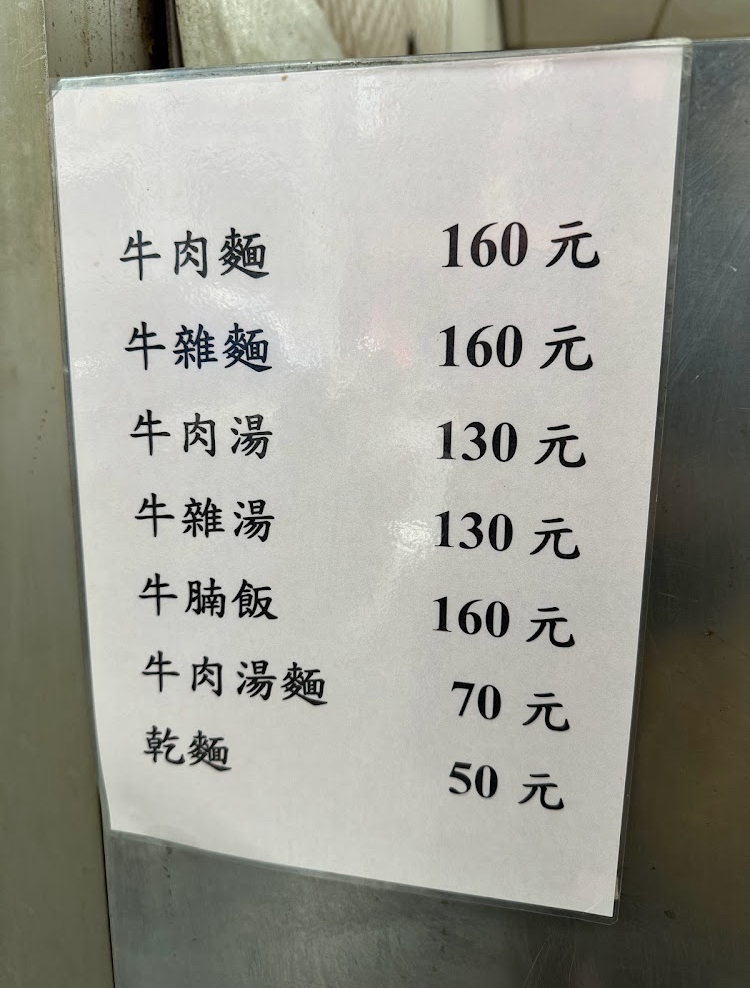
菜單：
name: 牛肉麵
price: 160
name: 牛雜麵
price: 160
name: 牛肉湯
price: 130
name: 牛雜湯
price: 130
name: 牛腩飯
price: 160
name: 牛肉湯麵
price: 70
name: 乾麵
price: 50